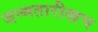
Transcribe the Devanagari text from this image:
जन्मतारीखच